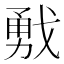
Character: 𢧙